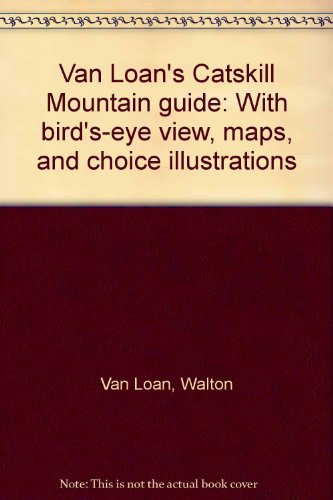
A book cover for Van Loan's Catskill Mountain guide: With bird's-eye view, maps, and choice illustrations; Walton Van Loan; Travel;